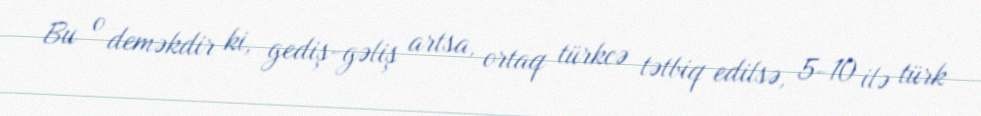
Bu o deməkdir ki, gediş-gəliş artsa, ortaq türkcə tətbiq edilsə, 5-10 ilə türk